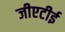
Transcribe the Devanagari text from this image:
जीएटीई